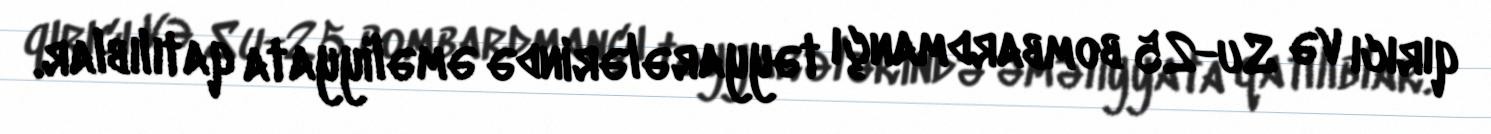
qırıcı və Su-25 bombardmançı təyyarələrində əməliyyata qatılıblar.